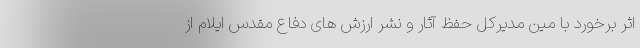
اثر برخورد با مین مدیرکل حفظ آثار و نشر ارزش های دفاع مقدس ایلام از